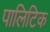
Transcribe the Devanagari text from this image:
पालिटिक